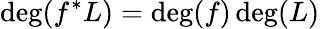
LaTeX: \deg(f^{*}L)=\deg(f)\deg(L)